Civil Veterinary Department Bihar reports 1936-40 - 1936-1940
Year: 1936
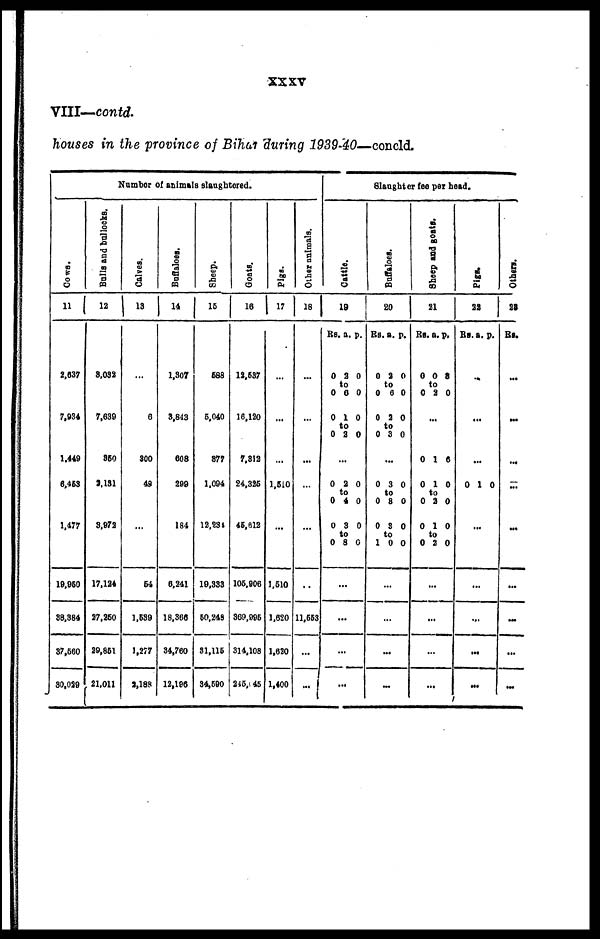
xxxv
VIII—contd.
houses in the province of Bihar during 1939-40—concld.
Number of animals slaughtered.
Cows.
11
2,637
7,934
1.449
6,453
1.477
19,960
38,384
37,560
30,029
Bulls
and bullocks.
12
3,032
7,639
359
2,131
3,972
17,124
27,260
29,851
21,011
Calves.
13
...
6
300
49
...
54
1,639
1,277
3,188
Buffaloes.
14
1,307
3,843
608
299
184
6,241
18,366
34,760
12,196
Sheep.
15
588
5,040
377
1,094
12,234
19,333
50,249
31,116
34,690
Goats.
16
12,637
16,120
7,312
24,325
45,612
106,906
369,995
314,108
245,045
Pigs.
17
...
...
...
1,510
...
1,610
1,620
1,620
1,400
Other animals.
18
...
...
...
...
...
..
11,663
...
...
Slaughter fee per head.
Cattle.
19
Rs.
0
0
0
0
...
0
0
0
0
...
.
...
.
a.
2
to
6
1
to
2
2
to
4
3
to
8
..
..
p.
0
0
0
0
0
0
0
0
Buffaloes.
20
Rs.
0
0
0
0
0
0
0
1
...
...
.
...
a.
2
to
6
2
to
3
...
3
to
8
3
to
0
..
p.
0
0
0
0
0
0
0
0
Sheep and goata.
21
Rs.
0
t
0
...
0
0
0
0
0
.
.
...
...
a. p.
0
o
2
1
1
to
2
1
to
2
..
..
8
0
6
0
0
0
0
Pigs.
22
Rs. a. p.
...
...
...
0 1 0
...
...
...
...
...
Others.
23
Rs.
...
...
...
...
...
...
...
...
...